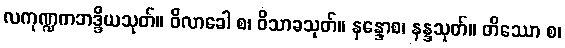
လကုဏ္ဍကဘဒ္ဒိယသုတ်။ ဝိလာခေါ စ၊ ဝိသာခသုတ်။ နန္ဒောစ၊ နန္ဒသုတ်။ တိဿော စ၊